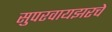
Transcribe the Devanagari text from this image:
सुपरवायझरचे